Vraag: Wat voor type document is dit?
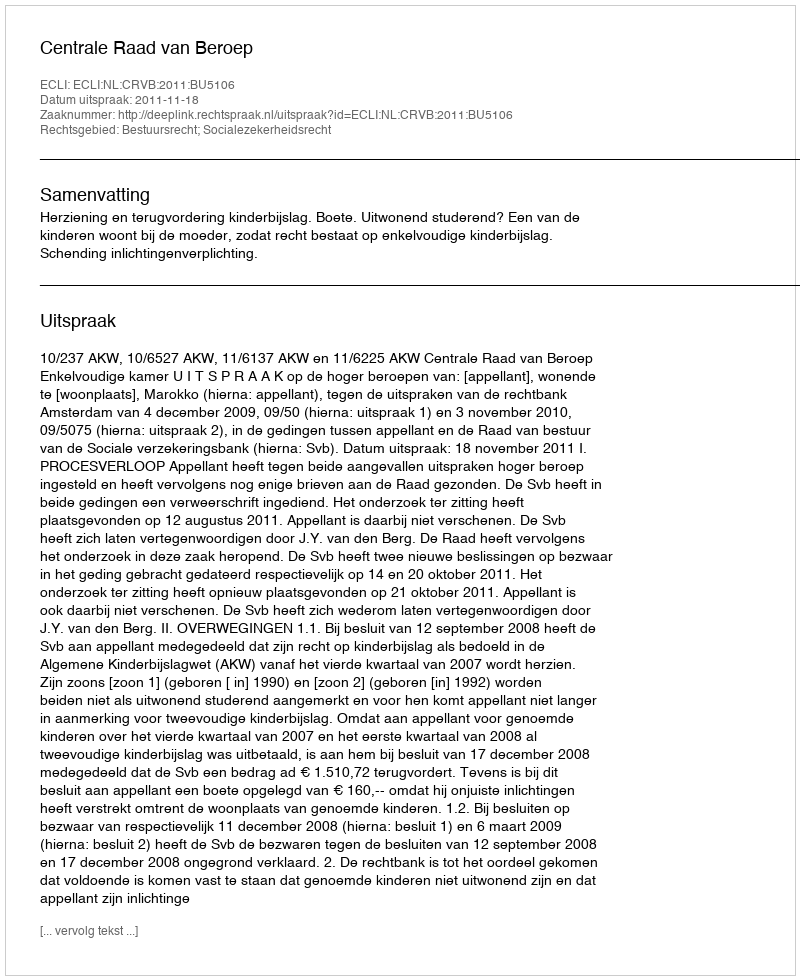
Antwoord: Uitspraak